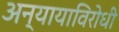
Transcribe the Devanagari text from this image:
अन्यायाविरोधी